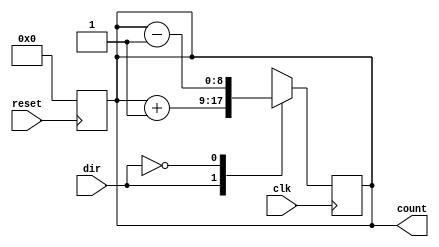

module counter8b_updown(count, clk, reset, dir);

    output reg [8:0] count;
    input clk, reset, dir;

    always @ ( negedge reset ) begin
        count <= 8'b0;
    end

    always @ ( posedge clk ) begin
        case (dir)
            1'b1: count <= count + 8'b1;
            1'b0: count <= count - 8'b1;
            default: count <= 8'b0;
        endcase
    end

endmodule